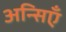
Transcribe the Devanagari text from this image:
अन्सिएँ